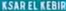
Ksar-el-Kebir